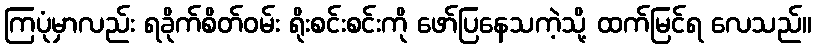
ကြပုံမှာလည်း ရခိုက်စိတ်ဝမ်း ရိုးစင်းစင်းကို ဖော်ပြနေသကဲ့သို့ ထက်မြင်ရ လေသည်။